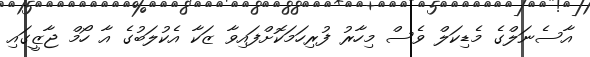
އާސެނަލްގެ މެޑިކަލް ވެސް މިހާރު ފުރިހަަމަކޮށްފައިވާ ޒަކާ އެކުލަބުގެ އާ ހޯމް ޖާޒީގައި